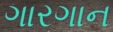
ગારગાન